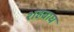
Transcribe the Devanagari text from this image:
शहबाघ